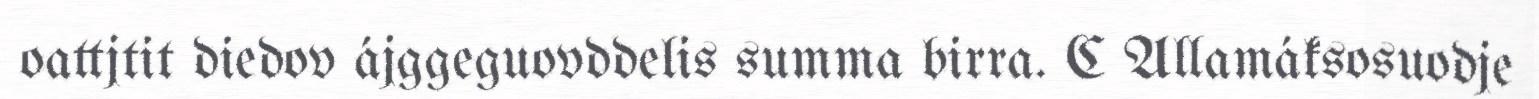
oattjtit diedov ájggeguovddelis summa birra. C Allamáksosuodje